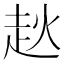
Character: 𧺩